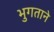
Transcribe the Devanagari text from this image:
भुगताने